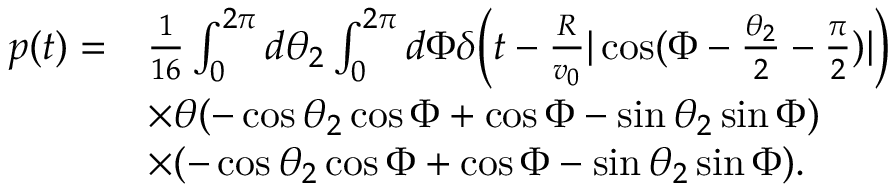
\begin{array} { r l } { p ( t ) = } & { \frac { 1 } { 1 6 } \int _ { 0 } ^ { 2 \pi } d \theta _ { 2 } \int _ { 0 } ^ { 2 \pi } d \Phi \delta \bigg ( t - \frac { R } { v _ { 0 } } | \cos ( \Phi - \frac { \theta _ { 2 } } { 2 } - \frac { \pi } { 2 } ) | \bigg ) } \\ & { \times \theta ( - \cos \theta _ { 2 } \cos \Phi + \cos \Phi - \sin \theta _ { 2 } \sin \Phi ) } \\ & { \times ( - \cos \theta _ { 2 } \cos \Phi + \cos \Phi - \sin \theta _ { 2 } \sin \Phi ) . } \end{array}